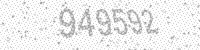
Solution: 949592